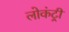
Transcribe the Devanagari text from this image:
लोकंट्री